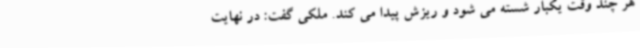
هر چند وقت یکبار شسته می شود و ریزش پیدا می کند. ملکی گفت: در نهایت